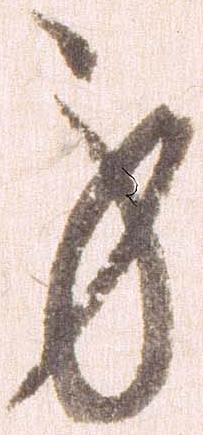
身